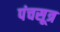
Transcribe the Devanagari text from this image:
पंचसूत्र